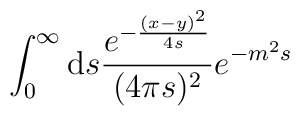
\int_0^\infty\mathrm{d}s\frac{e^{-\frac{(x-y)^2}{4s}}}{(4\pi s)^2}	e^{-m^2s}